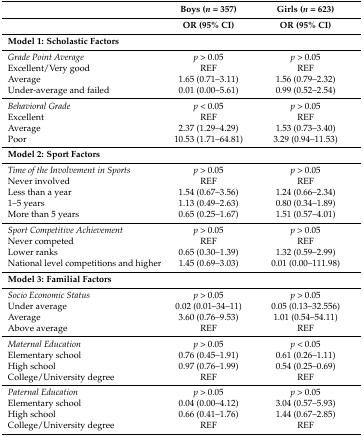
<table><thead><tr><td></td><td><b>Boys (<i>n</i> = 357)</b></td><td><b>Girls (<i>n</i> = 623)</b></td></tr><tr><td></td><td><b>OR (95% CI)</b></td><td><b>OR (95% CI)</b></td></tr></thead><tbody><tr><td colspan="3"><b>Model 1: Scholastic Factors</b></td></tr><tr><td><i>Grade Point Average</i></td><td><i>p</i> &gt; 0.05</td><td><i>p</i> &gt; 0.05</td></tr><tr><td>Excellent/Very good</td><td>REF</td><td>REF</td></tr><tr><td>Average</td><td>1.65 (0.71–3.11)</td><td>1.56 (0.79–2.32)</td></tr><tr><td>Under-average and failed</td><td>0.01 (0.00–5.61)</td><td>0.99 (0.52–2.54)</td></tr><tr><td><i>Behavioral Grade</i></td><td><i>p</i> &lt; 0.05</td><td><i>p</i> &gt; 0.05</td></tr><tr><td>Excellent</td><td>REF</td><td>REF</td></tr><tr><td>Average</td><td>2.37 (1.29–4.29)</td><td>1.53 (0.73–3.40)</td></tr><tr><td>Poor</td><td>10.53 (1.71–64.81)</td><td>3.29 (0.94–11.53)</td></tr><tr><td><b>Model 2: Sport Factors</b></td><td colspan="2"></td></tr><tr><td><i>Time of the Involvement in Sports</i></td><td><i>p</i> &gt; 0.05</td><td><i>p</i> &gt; 0.05</td></tr><tr><td>Never involved</td><td>REF</td><td>REF</td></tr><tr><td>Less than a year</td><td>1.54 (0.67–3.56)</td><td>1.24 (0.66–2.34)</td></tr><tr><td>1–5 years</td><td>1.13 (0.49–2.63)</td><td>0.80 (0.34–1.89)</td></tr><tr><td>More than 5 years</td><td>0.65 (0.25–1.67)</td><td>1.51 (0.57–4.01)</td></tr><tr><td><i>Sport Competitive Achievement</i></td><td><i>p</i> &gt; 0.05</td><td><i>p</i> &gt; 0.05</td></tr><tr><td>Never competed</td><td>REF</td><td>REF</td></tr><tr><td>Lower ranks</td><td>0.65 (0.30–1.39)</td><td>1.32 (0.59–2.99)</td></tr><tr><td>National level competitions and higher</td><td>1.45 (0.69–3.03)</td><td>0.01 (0.00–111.98)</td></tr><tr><td><b>Model 3: Familial Factors</b></td><td colspan="2"></td></tr><tr><td><i>Socio Economic Status</i></td><td><i>p</i> &gt; 0.05</td><td><i>p</i> &gt; 0.05</td></tr><tr><td>Under average</td><td>0.02 (0.01–34–11)</td><td>0.05 (0.13–32.556)</td></tr><tr><td>Average</td><td>3.60 (0.76–9.53)</td><td>1.01 (0.54–54.11)</td></tr><tr><td>Above average</td><td>REF</td><td>REF</td></tr><tr><td><i>Maternal Education</i></td><td><i>p</i> &gt; 0.05</td><td><i>p</i> &lt; 0.05</td></tr><tr><td>Elementary school</td><td>0.76 (0.45–1.91)</td><td>0.61 (0.26–1.11)</td></tr><tr><td>High school</td><td>0.97 (0.76–1.99)</td><td>0.54 (0.25–0.69)</td></tr><tr><td>College/University degree</td><td>REF</td><td>REF</td></tr><tr><td><i>Paternal Education</i></td><td><i>p</i> &gt; 0.05</td><td><i>p</i> &gt; 0.05</td></tr><tr><td>Elementary school</td><td>0.04 (0.00–4.12)</td><td>3.04 (0.57–5.93)</td></tr><tr><td>High school</td><td>0.66 (0.41–1.76)</td><td>1.44 (0.67–2.85)</td></tr><tr><td>College/University degree</td><td>REF</td><td>REF</td></tr></tbody></table>